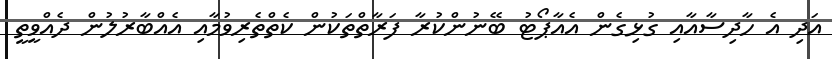
އަދި އެ ހާދިސާއާއި ގުޅިގެން އެއާޕޯޓު ބޭނުންކުރާ ފަރާތްތަކުން ކެތްތެރިވުމާއި އެއްބާރުލުން ދެއްވީތީ